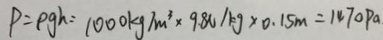
P = \rho g h = 1 0 0 0 k g / m ^ { 3 } \times 9 . 8 N / k g \times 0 . 1 5 m = 1 4 7 0 P a .